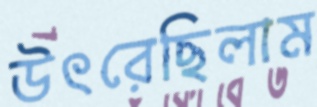
উৎরেছিলাম